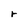
Character: r